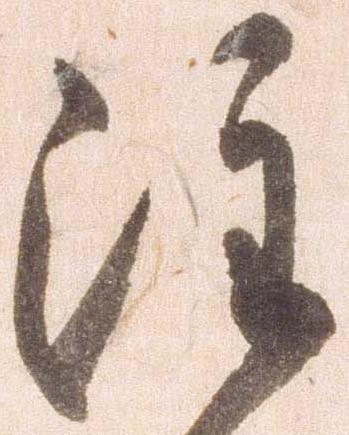
注